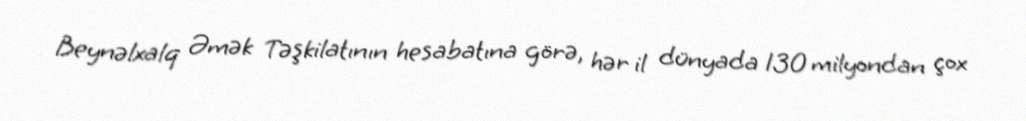
Beynəlxalq Əmək Təşkilatının hesabatına görə, hər il dünyada 130 milyondan çox